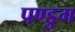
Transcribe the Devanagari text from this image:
पण्डुग